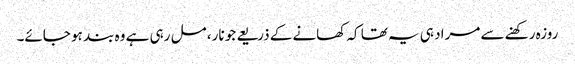
روزہ رکھنے سے مراد ہی یہ تھا کہ کھانے کے ذریعے جو نار، مل رہی ہے وہ بند ہو جائے۔